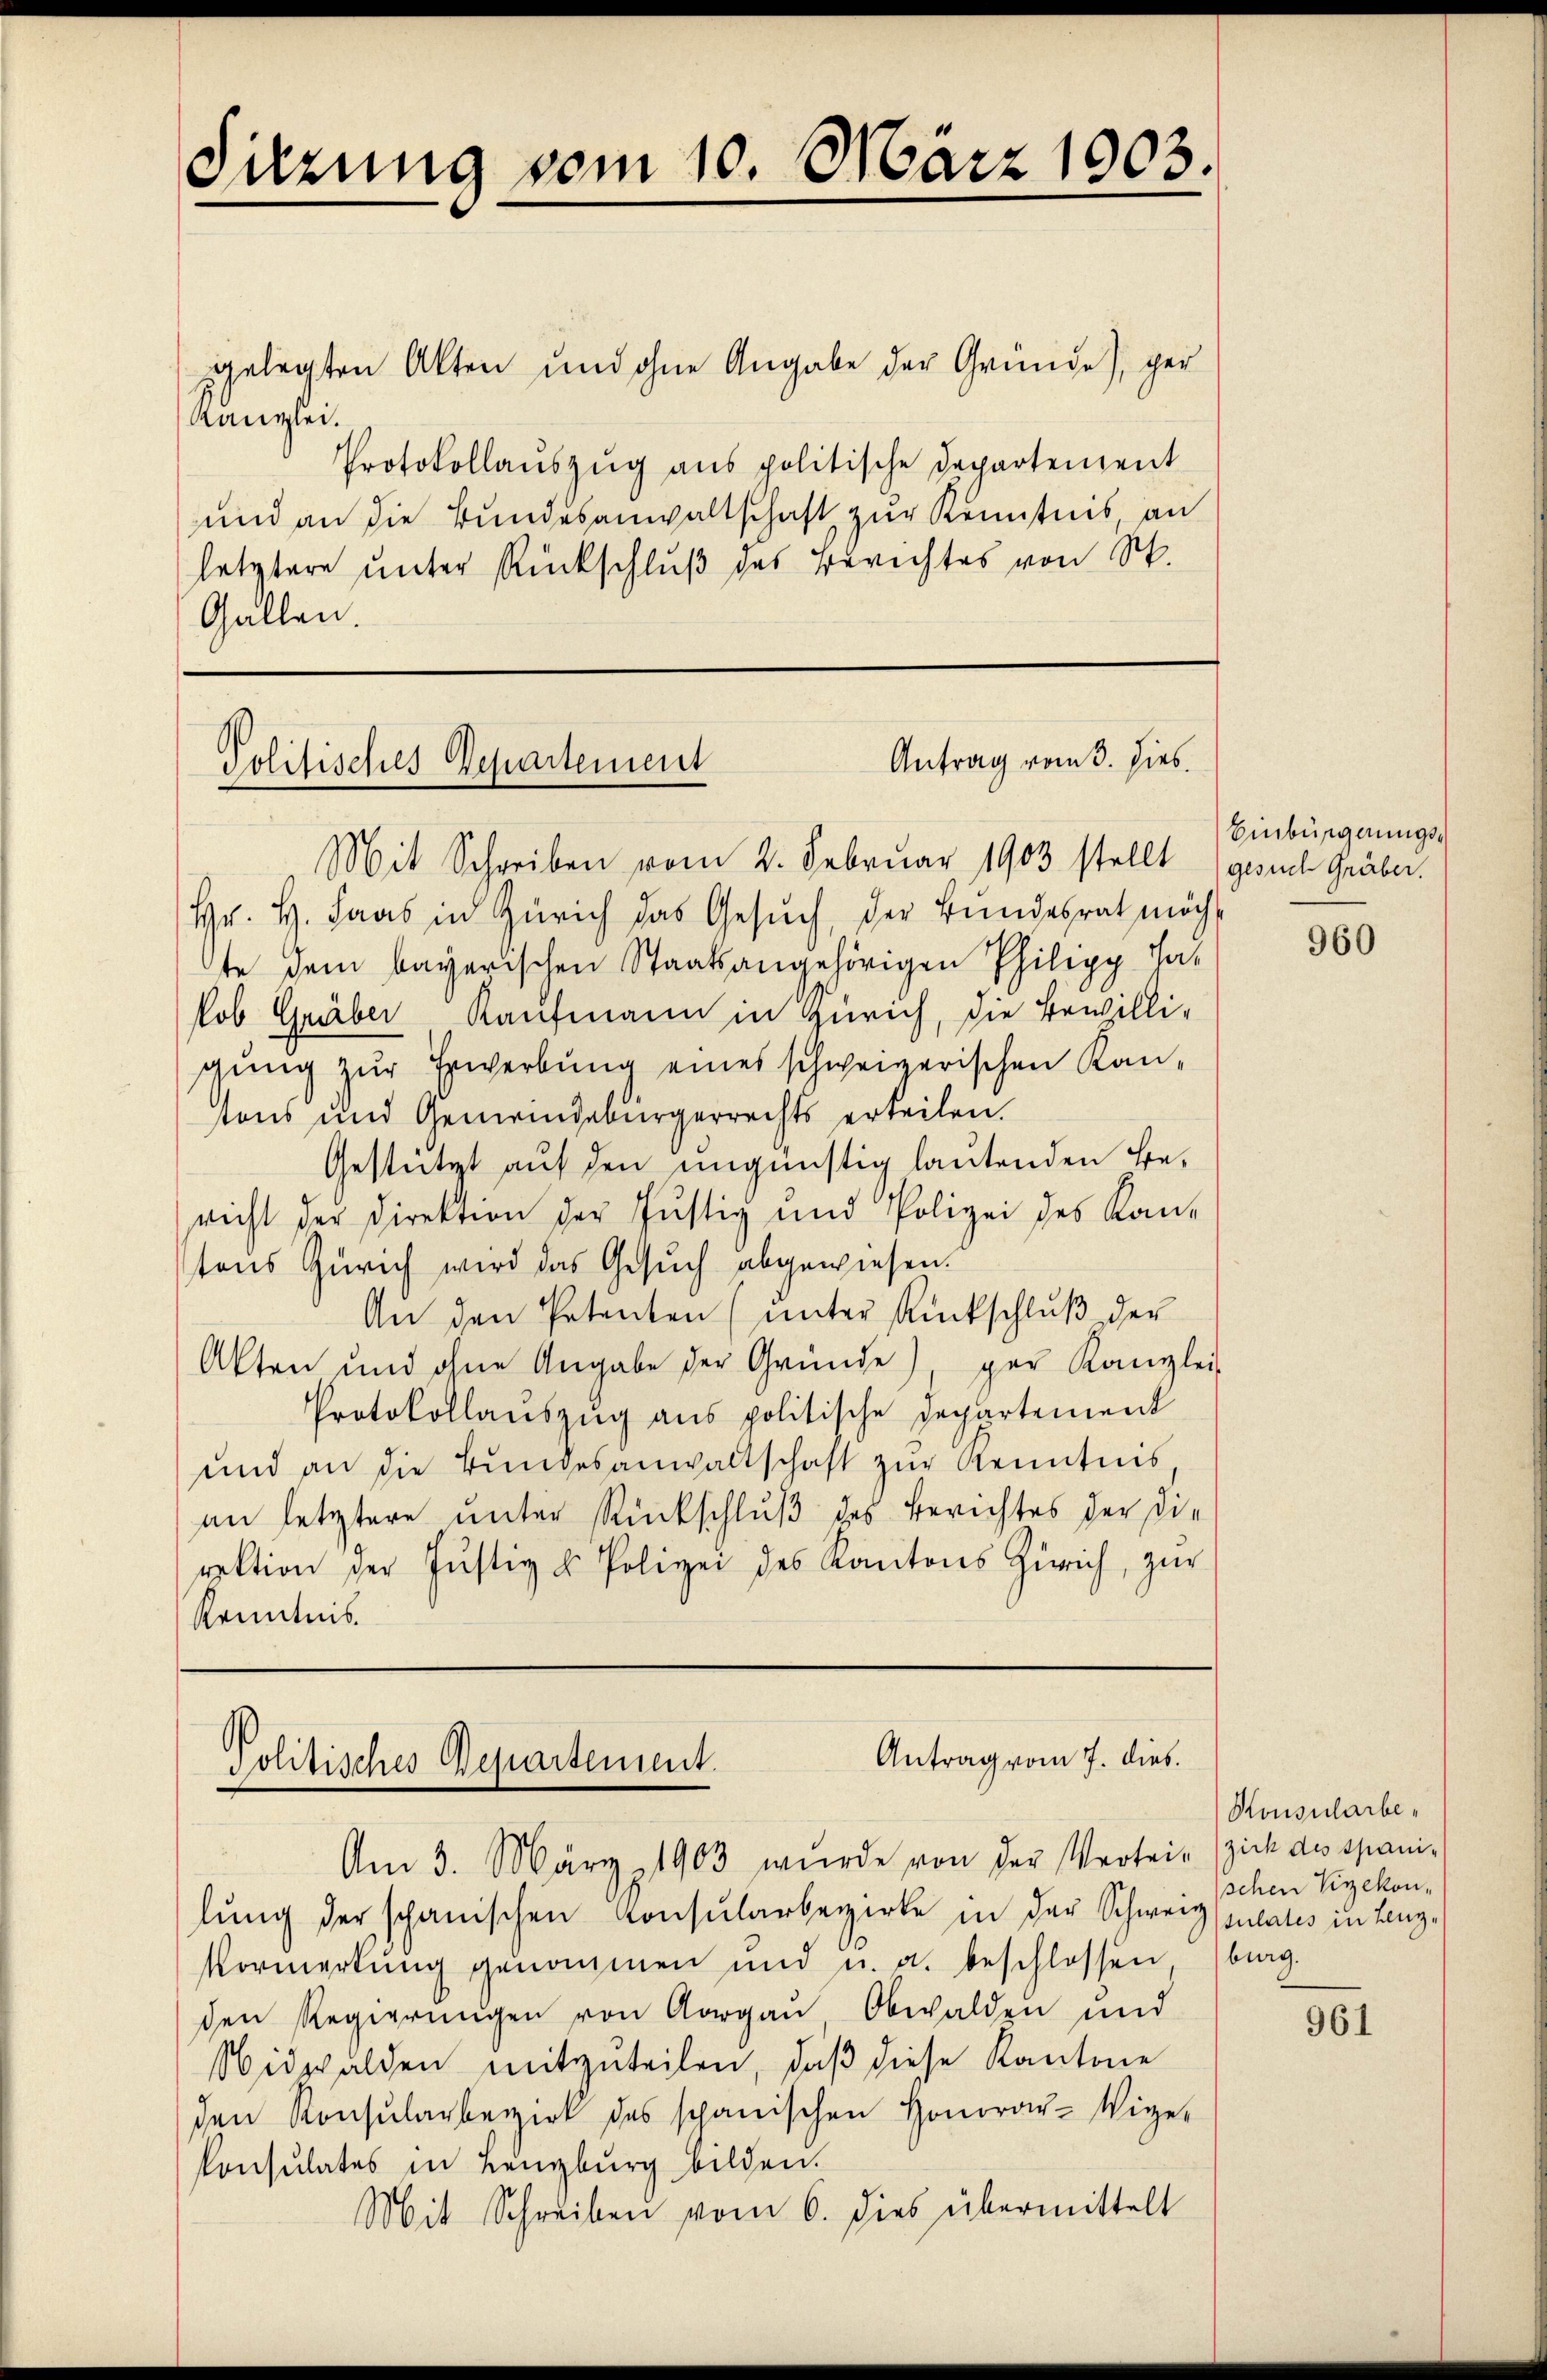
Sitzung vom 10. März 1903.

gelegten Akten und ohne Angabe der Gründe), ger
Kanzlei.
Protokollauszug aus politische Departement
und an die Bundesanwaltschaft zur Kenntnis, an
letztere unter Rückschluß des Berichtes von St.
Gallen.

Antrag vom 3. Dies
Politisches Departement

Mit Schreiben vom 2. Februar 1903 stellt gesuch Gräber.
Hr. H. Laas in Zürich das Gesŭch, der Bundesrat möch-
te dem bayerischen Staatsangehörigen Philipp Takob Gräber Kaufmann in Zürich, die Bewilli-
gung zur Erwerbung eines schweizerischen Kantons und Gemeindebürgerrechts erteilen.
Gestützt auf den ungünstig lautenden Be-
richt der Direktion der Justiz und Polizei des Kan-
tons Zürich wird das Gesuch abgewiesen.
An den Petenten (unter Rückschluß der
Akten und ohne Angabe der Gründe), per Kanzlei-
Protokollauszug aus politische Departement
und an die Bŭndesanwaltschaft zŭr Kenntnis,
an letztere unter Rückschluß des Berichtes der die
rektion der Justiz & Polizei des Kantons Zürich, zŭr
Kenntnis.

Antrag vom 7. dies.
Politisches Departement.
Am 3. März 1903 wurde von der Vertrie (ich des Spani¬

lŭng der schanischen Konsularbezirke in der Schweiz (pulates in Lenz-
Vormerkung genommen und u. a. beschlossen, beg
den Regierŭngen von Aargau, Obwalden und
Nidwalden mitzuteilen, daβ diese Kantone
den Konsularbezirk des schanischen Honorar-Wige-
Consulates in Langburg bilden.
Mit Schreiben vom 6. dies übermittelt

Einbürgerungs¬

960

Konsularbeschen Vizekon¬

961